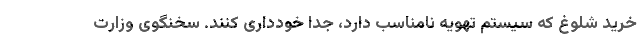
خرید شلوغ که سیستم تهویه نامناسب دارد، جدا خودداری کنند. سخنگوی وزارت